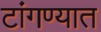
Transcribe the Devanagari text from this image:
टांगण्यात